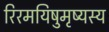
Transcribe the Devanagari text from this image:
रिरमयिषुमृष्यस्य